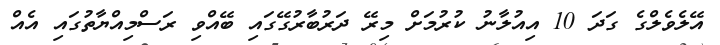
އޭލެވެލްގެ ގަދަ 10 އިއުލާނު ކުރުމަށް މިރޭ ދަރުބާރުގޭގައި ބޭއްވި ރަސްމިއްޔާތުގައި އެއް